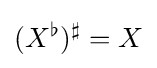
(X^{\flat })^{\sharp }=X